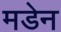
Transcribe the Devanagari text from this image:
मडेन